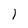
Character: l